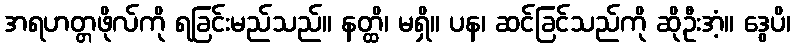
အရဟတ္တဖိုလ်ကို ရခြင်းမည်သည်။ နတ္ထိ၊ မရှိ။ ပန၊ ဆင်ခြင်သည်ကို ဆိုဦးအံ့။ ဒွေပိ၊